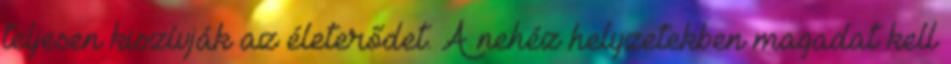
teljesen kiszívják az életerődet. A nehéz helyzetekben magadat kell